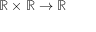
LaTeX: \mathbb { R } \times \mathbb { R } \rightarrow \mathbb { R }